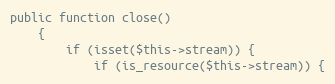
Language: PHP
public function close()
    {
        if (isset($this->stream)) {
            if (is_resource($this->stream)) {